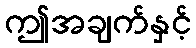
ဤအချက်နှင့်